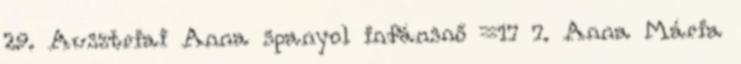
29. Ausztriai Anna spanyol infánsnő =17 7. Anna Mária